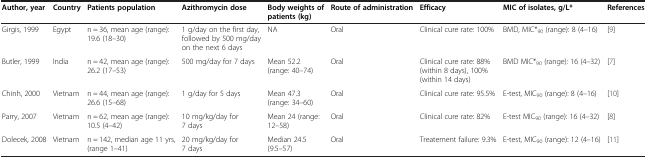
| Author, year | Country | Patients population | Azithromycin dose | Body weights of patients (kg) | Route of administration | Efficacy | MIC of isolates, g/L* | References |
 | --- | --- | --- | --- | --- | --- | --- | --- | --- |
 | Girgis, 1999 | Egypt | n = 36, mean age (range): 19.6 (18–30) | 1 g/day on the first day, followed by 500 mg/day on the next 6 days | NA | Oral | Clinical cure rate: 100% | BMD, MIC*90 (range): 8 (4–16) | [9] |
 | Butler, 1999 | India | n = 42, mean age (range): 26.2 (17–53) | 500 mg/day for 7 days | Mean 52.2 (range: 40–74) | Oral | Clinical cure rate: 88% (within 8 days), 100% (within 14 days) | BMD MIC*90 (range): 16 (4–32) | [7] |
 | Chinh, 2000 | Vietnam | n = 44, mean age (range): 26.6 (15–68) | 1 g/day for 5 days | Mean 47.3 (range: 34–60) | Oral | Clinical cure rate: 95.5% | E-test, MIC90 (range): 8 (4–16) | [10] |
 | Parry, 2007 | Vietnam | n = 62, mean age (range): 10.5 (4–42) | 10 mg/kg/day for 7 days | Mean 24 (range: 12–58) | Oral | Clinical cure rate: 82% | E-test MIC90 (range): 16 (4–32) | [8] |
 | Dolecek, 2008 | Vietnam | n = 142, median age 11 yrs, (range 1–41) | 20 mg/kg/day for 7 days | Median 24.5 (9.5–57) | Oral | Treatement failure: 9.3% | E-test, MIC90 (range): 12 (4–16) | [11] |